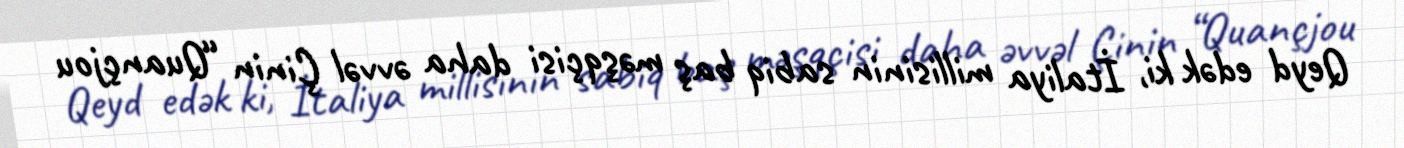
Qeyd edək ki, İtaliya millisinin sabiq baş məşqçisi daha əvvəl Çinin “Quançjou